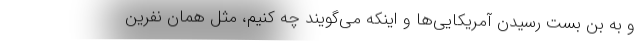
و به بن بست رسیدن آمریکایی‌ها و اینکه می‌گویند چه کنیم، مثل همان نفرین